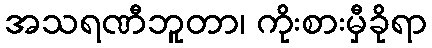
အသရဏီဘူတာ၊ ကိုးစားမှီခိုရာ